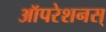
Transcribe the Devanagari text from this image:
ऑपरेशनस्